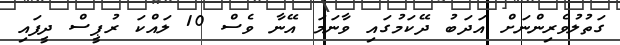
ގަތުލުވެރިންނަށް އަދަބު ދޭކަމުގައި ވާނަމަ އޭނާ ވެސް 10 ލައްކަ ރުޕީސް ދީފައި